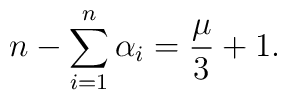
n-\sum _{i=1}^{n}\alpha _{i} =\frac{\mu}{3}+1.